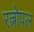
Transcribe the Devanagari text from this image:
रत्नोपल